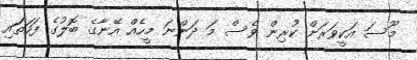
މޫސަ އަކީވަރަށް ކުރިން ވެސް މަ ދަންނަ މީހެއް އޭނާގެ ބޮލުގެ ފަހަތަައި